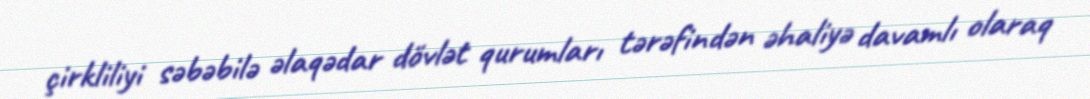
çirkliliyi səbəbilə əlaqədar dövlət qurumları tərəfindən əhaliyə davamlı olaraq